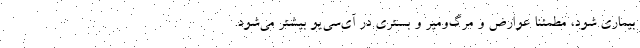
بیماری شود، مطمئنا عوارض و مرگ‌ومیر و بستری در آی‌سی‌یو بیشتر می‌شود.